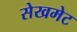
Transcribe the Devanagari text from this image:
सेखमेट